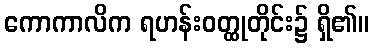
ကောကာလိက ရဟန်းဝတ္ထုတိုင်း၌ ရှိ၏။